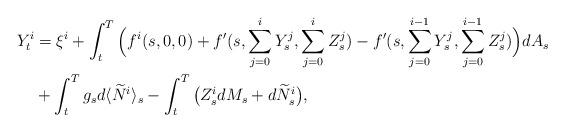
LaTeX: \begin{align*}Y_t^i &= \xi^i + \int_t^T \Big(f^i(s, 0, 0)+f^\prime(s, \sum_{j=0}^{i} Y_s^j, \sum_{j=0}^{i} Z_s^j) - f^\prime(s, \sum_{j=0}^{i-1} Y_s^j, \sum_{j=0}^{i-1} Z_s^j) \Big)dA_s \\ &+ \int_t^T g_s d \langle \widetilde{N}^{i}\rangle_s -\int_t^T \big(Z_s^i dM_s +d\widetilde{N}_s^{i} \big),\end{align*}